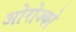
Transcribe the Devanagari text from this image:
ओरोज्को